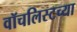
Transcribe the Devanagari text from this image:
वॉचलिस्टच्या